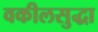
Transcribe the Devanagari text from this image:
वकीलसुद्धा